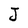
Character: J